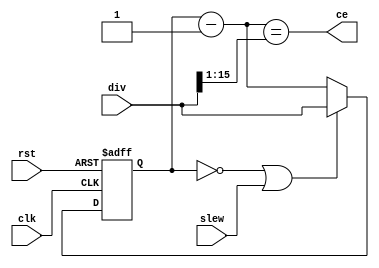
module brg 
#(
    parameter           COUNTER_WIDTH       = 16
)
(
    input                                   clk,
    input                                   rst,
    input                                   slew,
    input   [COUNTER_WIDTH - 1 : 0]         div,
    output  wire                            ce
);

    reg     [COUNTER_WIDTH - 1 : 0]         div_cnt; 
    wire    [COUNTER_WIDTH - 1 : 0]         sub_div_cnt;
    wire                                    clr;


    assign sub_div_cnt = div_cnt - {{COUNTER_WIDTH - 1{1'b0}}, {1'b1}};

    always @(posedge clk or posedge rst)
        if(rst) 
            div_cnt <= {COUNTER_WIDTH{1'b0}};
        else if (clr) 
            div_cnt <= div;
        else 
            div_cnt <= sub_div_cnt;

    assign clr = (div_cnt     == {COUNTER_WIDTH{1'b0}}) | slew;
    assign ce  = (sub_div_cnt == {1'b0, div[COUNTER_WIDTH - 1 : 1]});

endmodule